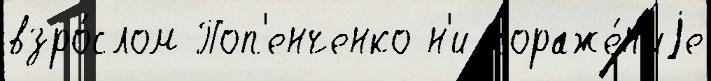
взро́слом Поп'енченко н'и пораже́н'иjе